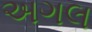
અગલ